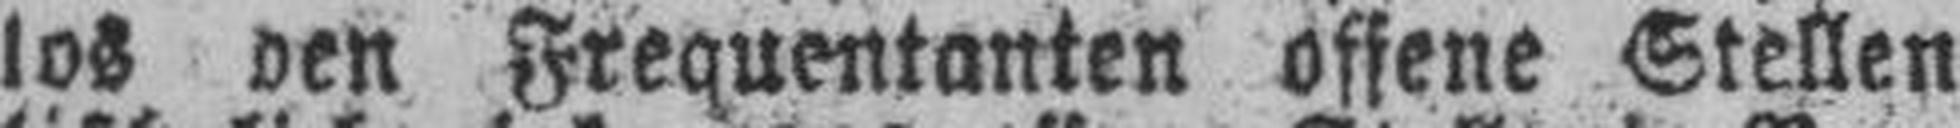
los den Frequentanten offene Stellen